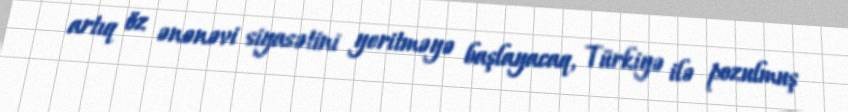
artıq öz ənənəvi siyasətini yeritməyə başlayacaq, Türkiyə ilə pozulmuş